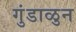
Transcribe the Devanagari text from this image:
गुंडाळुन